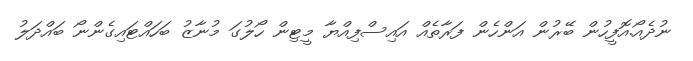
ނުދެއޯ.އޮފީހުން ބޭރުން އަންހެން ފަރާތެއް އައިސްފިއްޔާ މީޓިން ހޯލުގަ މުނާޒު ބަހައްޓައިގެންނޯ ބައްދަލު